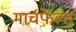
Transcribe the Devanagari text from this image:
मार्चफेल्ड